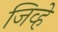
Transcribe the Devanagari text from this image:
जिव्हे